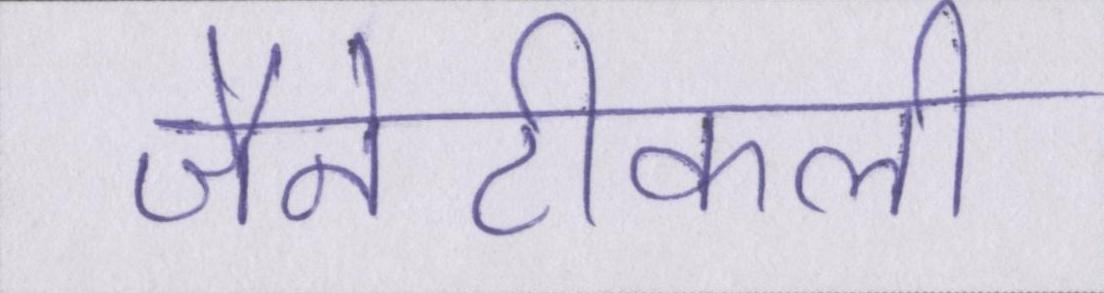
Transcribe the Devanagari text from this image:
जैनेटीकली